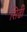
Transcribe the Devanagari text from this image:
सिढी